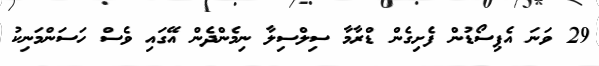
29 ވަނަ އެޕިސޯޑުން ފެށިގެން ޑްރާމާ ސިލްސިލާ ނިމެންދެން އޭގައި ވެސް ހަސަންމަނިކު